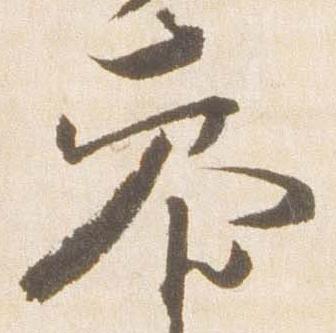
参